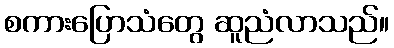
စကားပြောသံတွေ ဆူညံလာသည်။